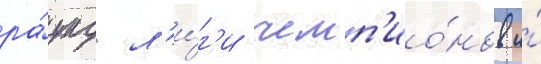
ра́унд л'и́г'и чемп'ио́нов и́